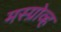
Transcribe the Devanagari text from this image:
मस्ग्रोव्ह